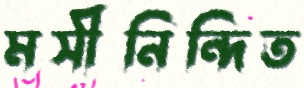
মসীনিন্দিত